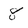
Character: 8